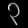
Digit: ၃